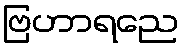
ဗြဟာရညေ